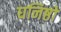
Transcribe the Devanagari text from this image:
घनिष्ठों